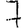
Digit: 7